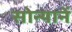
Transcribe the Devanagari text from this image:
सोन्यानें